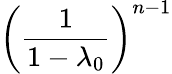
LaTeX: \left({\frac{1}{1-\lambda_{0}}}\right)^{n-1}